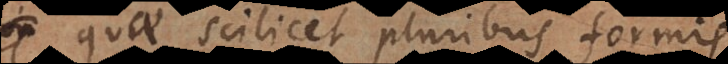
quae scilicet pluribus formis